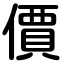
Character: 價